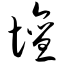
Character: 坛